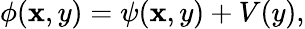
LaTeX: \phi(\mathbf{x},y)=\psi(\mathbf{x},y)+V(y),